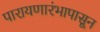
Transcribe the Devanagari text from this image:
पारायणारंभापासून